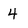
Character: 4